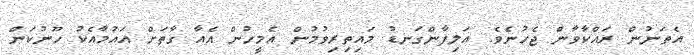
އެތަނުން ރައްކާވާން ޖެހުނެވެ. އަލިފާންގަނޑު މައިތިރިވުމުން އެމީހުން އެއާ ގާތަށް އައުމާއެކު ހޫނުކަން